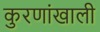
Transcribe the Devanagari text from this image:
कुरणांखाली